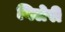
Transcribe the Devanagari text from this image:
गिलेरी